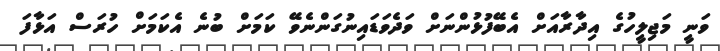
ވަނީ މަޖިލީހުގެ އިދާރާއަށް އެބޭފުޅުންނަށް ވަދެވަޑައިނުގަންނެވޭ ކަމަށް ބުނެ އެކަމަށް ހުރަސް އަޅާފަ